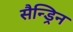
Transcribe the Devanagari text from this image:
सैन्ड्रिन